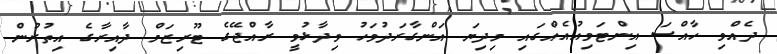
ދެއްވި ހާއްސަ އިންޓަވިއުއެއްގައި މިދިޔަ އަންގާރަދުވަހު ވިދާޅުވީ ރާއްޖޭގެ ޓޫރިޒަމް ދާއިރާގެ އިތުރުން